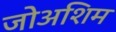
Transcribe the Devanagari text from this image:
जोअशिम